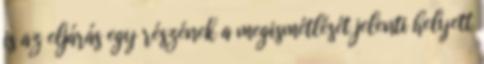
is az eljárás egy részének a megismétlését jelenti helyett